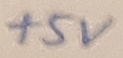
Text: +5V